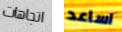
اتجاهات اساعد